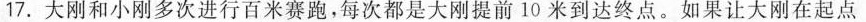
17. 大刚和小刚多次进行百米赛跑，每次都是大刚提前10米到达终点。如果让大刚在起点